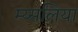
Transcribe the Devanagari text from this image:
म्य्सलिया